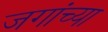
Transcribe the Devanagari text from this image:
जगांच्या